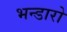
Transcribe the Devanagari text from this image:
भन्डारो